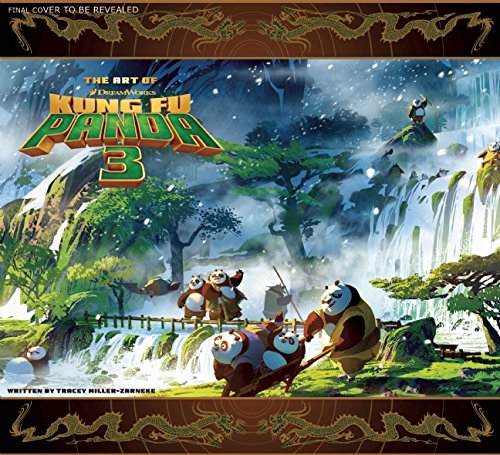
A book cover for The Art of Kung Fu Panda 3; Tracey Miller-Zarneke; Arts & Photography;